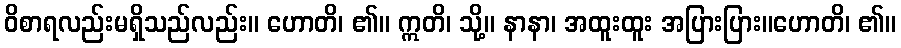
ဝိစာရလည်းမရှိသည်လည်း။ ဟောတိ၊ ၏။ ဣတိ၊ သို့။ နာနာ၊ အထူးထူး အပြားပြား။ဟောတိ၊ ၏။